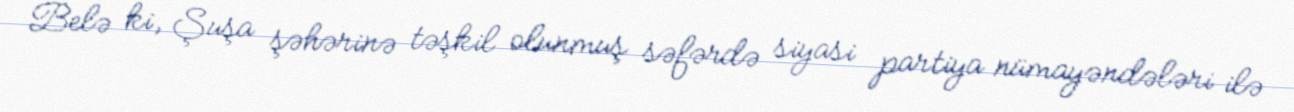
Belə ki, Şuşa şəhərinə təşkil olunmuş səfərdə siyasi partiya nümayəndələri ilə